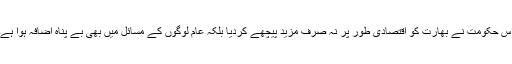
اس حکومت نے بھارت کو اقتصادی طور پر نہ صرف مزید پیچھے کردیا بلکہ عام لوگوں کے مسائل میں بھی بے پناہ اضافہ ہوا ہے۔